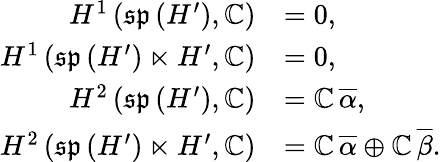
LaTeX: \begin{array}{rl}{H^{1}\left(\mathfrak{sp}\left(H^{\prime}\right),\mathbb{C}\right)}&{=0,}\\ {H^{1}\left(\mathfrak{sp}\left(H^{\prime}\right)\ltimes H^{\prime},\mathbb{C}\right)}&{=0,}\\ {H^{2}\left(\mathfrak{sp}\left(H^{\prime}\right),\mathbb{C}\right)}&{=\mathbb{C}\, \overline{{\alpha}},}\\ {H^{2}\left(\mathfrak{sp}\left(H^{\prime}\right)\ltimes H^{\prime},\mathbb{C}\right)}&{=\mathbb{C}\, \overline{{\alpha}}\oplus\mathbb{C}\, \overline{{\beta}}.}\end{array}